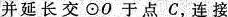
并延长交⊙O于点C，连接